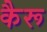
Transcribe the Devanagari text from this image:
कैरू